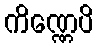
ကိဏ္ဏေပိ